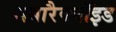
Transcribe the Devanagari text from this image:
सबारैक्नॉइड